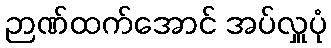
ဉာဏ်ထက်အောင် အပ်လှူပုံ